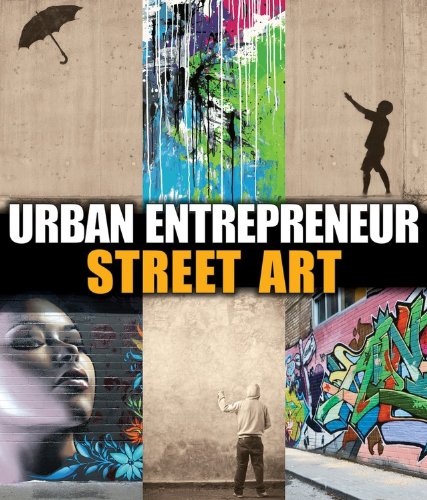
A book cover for Street Art (Urban Entrepreneur); Ben Mish; Teen & Young Adult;